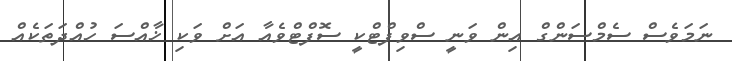
ނަމަވެސް ސެމްސަންގް އިން ވަނީ ސްވިފްޓްކީ ސޮފްޓްވެއާ އަށް ވަކި ޚާއްސަ ހުއްދަތަކެއް